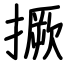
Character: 撅